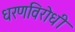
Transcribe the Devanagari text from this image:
धरणविरोधी